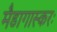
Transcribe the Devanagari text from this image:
मैडागास्करः